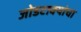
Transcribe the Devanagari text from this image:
जोडटाक्यांचा